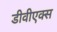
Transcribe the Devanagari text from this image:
डीवीएक्स